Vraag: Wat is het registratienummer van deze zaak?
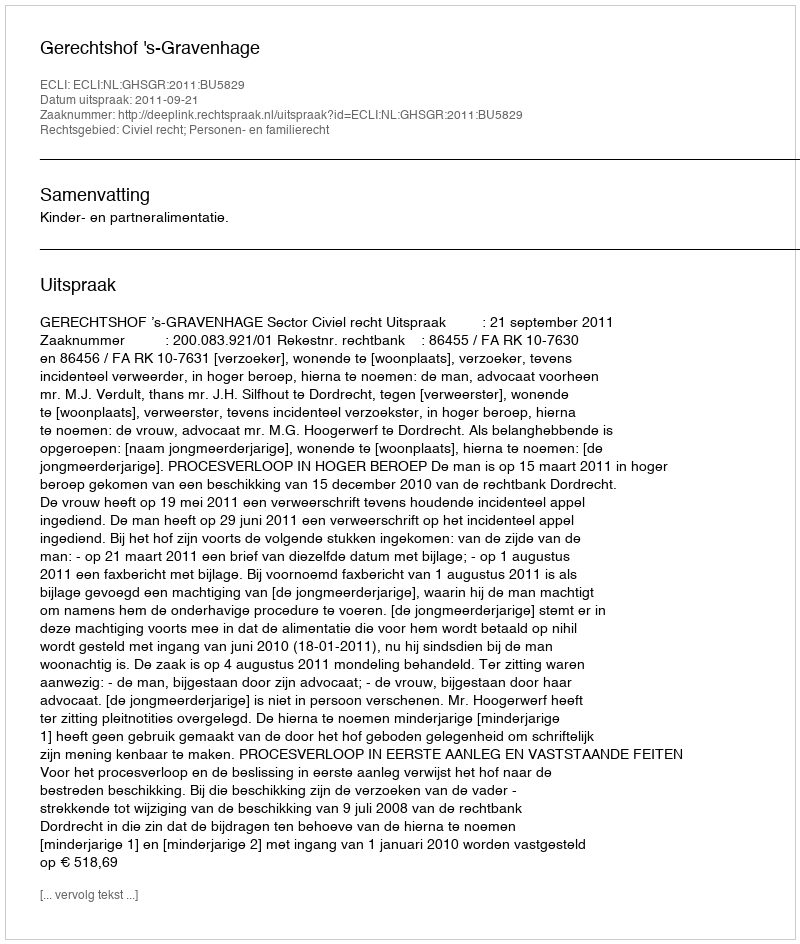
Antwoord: http://deeplink.rechtspraak.nl/uitspraak?id=ECLI:NL:GHSGR:2011:BU5829